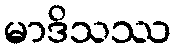
မာဒိသဿ